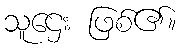
သူဌေး ဖြစ်၏။